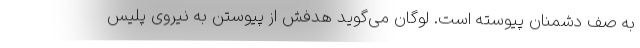
به صف دشمنان پیوسته است. لوگان می‌گوید هدفش از پیوستن به نیروی پلیس